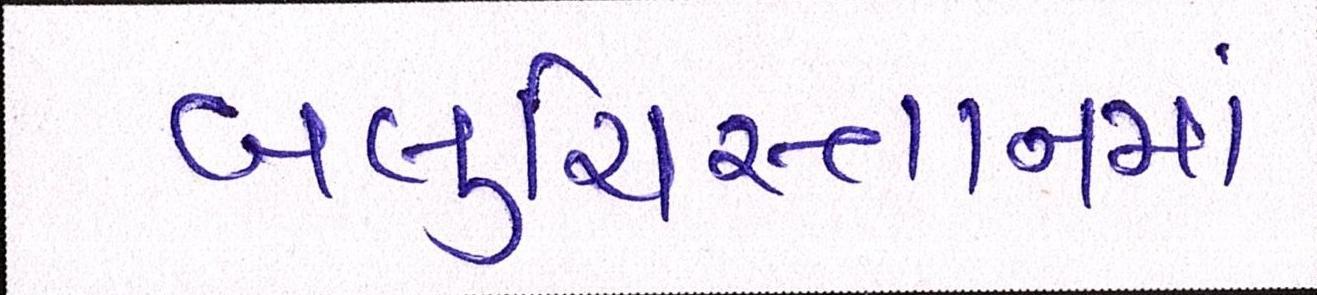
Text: બલુચિસ્તાનમાં